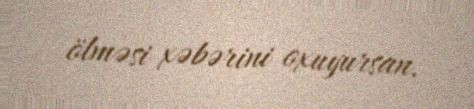
ölməsi xəbərini oxuyursan.